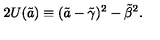
2 U ( \tilde { a } ) \equiv ( \tilde { a } - { \tilde { \gamma } } ) ^ { 2 } - { \tilde { \beta } } ^ { 2 } .